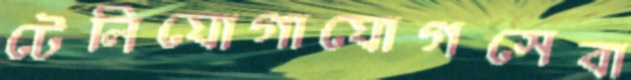
টেলিযোগাযোগসেবা